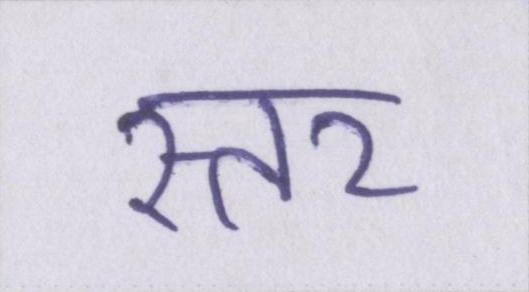
स्तर